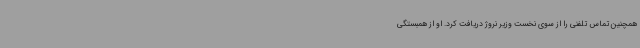
همچنین تماس تلفنی را از سوی نخست وزیر نروژ دریافت کرد. او از همبستگی